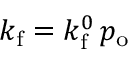
k _ { \mathrm { f } } = k _ { \mathrm { f } } ^ { 0 } \, p _ { \mathrm { o } }